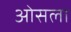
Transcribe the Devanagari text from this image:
ओसला